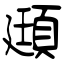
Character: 頲